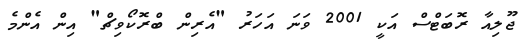
ޖޫލިއާ ރޮބަޓްސް އަކީ 2001 ވަނަ އަހަރު "އެރިން ބްރޮކޯވިޗް" އިން އެންމެ